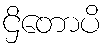
ဌိတောပိ